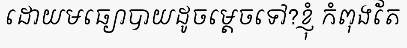
ដោយមធ្យោបាយដូចម្តេចទៅ?ខ្ញុំ កំពុងតែ